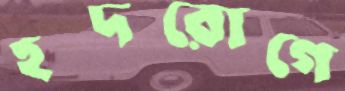
হদরোগে